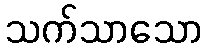
သက်သာသော